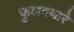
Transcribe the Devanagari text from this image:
फुलवणारे